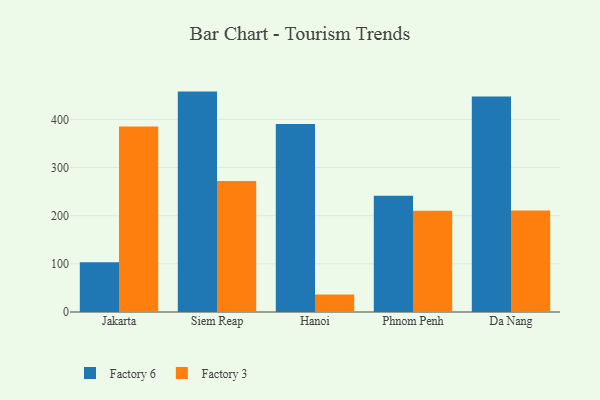
{"axis": {"x": "City", "y": "Operating Costs (USD K)"}, "legend": ["Factory 3", "Factory 6"], "data": [{"x": "Jakarta", "y": 103.3, "type": "Factory 6"}, {"x": "Jakarta", "y": 385.4, "type": "Factory 3"}, {"x": "Siem Reap", "y": 457.7, "type": "Factory 6"}, {"x": "Siem Reap", "y": 272.2, "type": "Factory 3"}, {"x": "Hanoi", "y": 390.2, "type": "Factory 6"}, {"x": "Hanoi", "y": 36.3, "type": "Factory 3"}, {"x": "Phnom Penh", "y": 241.6, "type": "Factory 6"}, {"x": "Phnom Penh", "y": 210.3, "type": "Factory 3"}, {"x": "Da Nang", "y": 447.5, "type": "Factory 6"}, {"x": "Da Nang", "y": 210.8, "type": "Factory 3"}]}